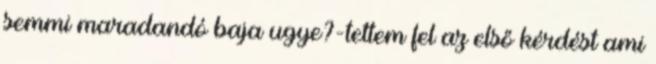
semmi maradandó baja ugye?-tettem fel az első kérdést ami